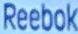
Reebok